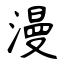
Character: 漫